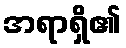
အရာရှိ၏